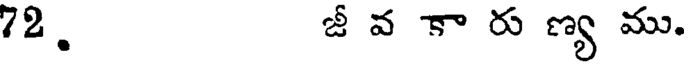
72. జీ వ కా రు ణ్య ము.